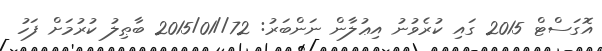
އޮގަސްޓް 2015 ގައި ކުރެވުނު އިޢުލާން ނަންބަރު: 72//2015/01 ބާޠިލު ކުރުމަށް ފަހު